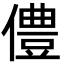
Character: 僼